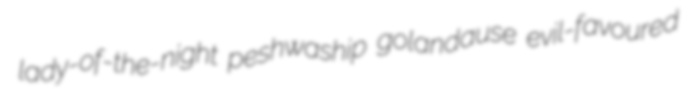
lady-of-the-night peshwaship golandause evil-favoured